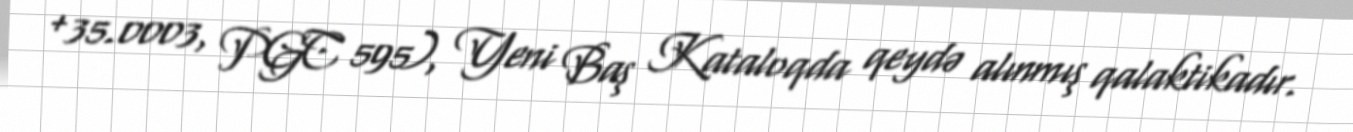
+35.0003, PGC 595), Yeni Baş Kataloqda qeydə alınmış qalaktikadır.